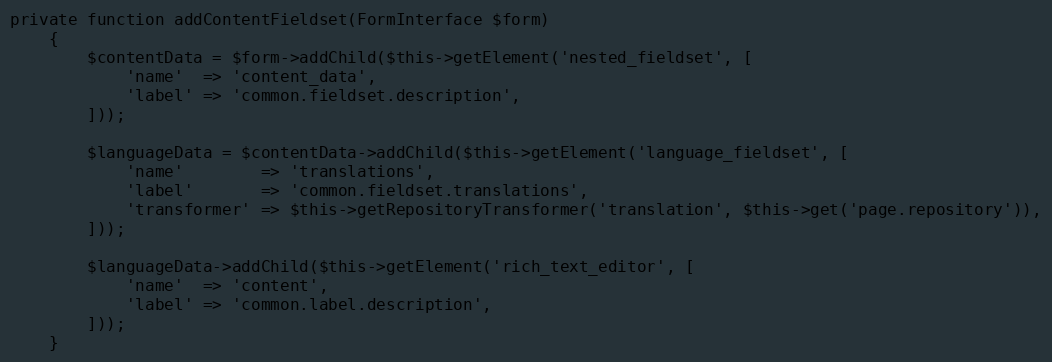
Language: PHP
private function addContentFieldset(FormInterface $form)
    {
        $contentData = $form->addChild($this->getElement('nested_fieldset', [
            'name'  => 'content_data',
            'label' => 'common.fieldset.description',
        ]));

        $languageData = $contentData->addChild($this->getElement('language_fieldset', [
            'name'        => 'translations',
            'label'       => 'common.fieldset.translations',
            'transformer' => $this->getRepositoryTransformer('translation', $this->get('page.repository')),
        ]));

        $languageData->addChild($this->getElement('rich_text_editor', [
            'name'  => 'content',
            'label' => 'common.label.description',
        ]));
    }